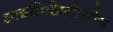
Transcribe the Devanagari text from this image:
आइसोक्विनोलीन